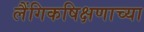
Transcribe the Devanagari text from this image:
लैंगिकषिक्षणाच्या